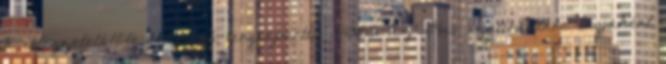
a lélegzetelállító szépségű tengerparttó. 24503 Az Ibis szállodalánc tagjaként